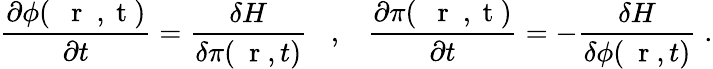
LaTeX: \frac{\partial\phi(\mathrm{~{~\mathbf~r~}~,~t~})}{\partial t}=\frac{\delta H}{\delta\pi(\mathrm{~\mathbf~r~},t)}\; \; \; ,\; \; \; \frac{\partial\pi(\mathrm{~{~\mathbf~r~}~,~t~})}{\partial t}=-\frac{\delta H}{\delta\phi(\mathrm{~\mathbf~r~},t)}\; .